Indian journal of veterinary science and animal husbandry - Volume 14,
Year: 1944
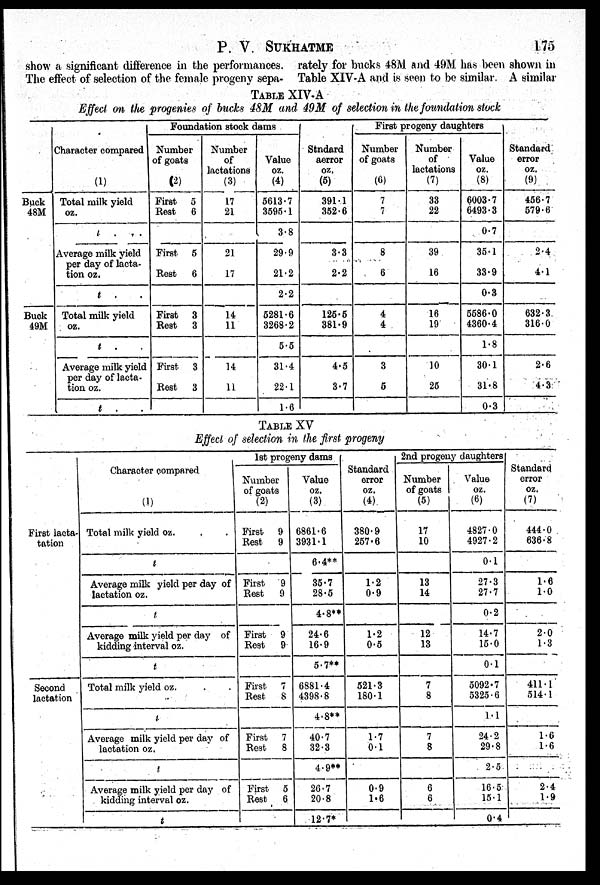
P. V. SUKHATME
175
show a significant difference in the performances,
The effect of selection of the female progeny sepa-
rately for bucks 48M and 49M has been shown in
Table XIV-A and is seen to be similar. A similar
TABLE XIV-A
Effect on the progenies of bucks 48M and 49M of selection in the foundation stock
Buck
48M
Buck
49M
Character compared
(1)
Total milk yield
oz.
t . .
Average milk yield
per day of lacta-
tion oz.
t . .
Total milk yield
oz.
t . .
Average milk yield
per day of lacta-
tion oz.
t . .
Foundation stock dams
Number
of goats
(2)
First 5
Rest 6
First 5
Rest
6
First 3
Rest
3
First 3
Rest
3
Number
of
lactations
(3)
17
21
21
17
14
11
14
11
Value
oz.
(4)
5613.7
3595.1
3.8
29.9
21.2
2.2
5281.6
3268.2
5.5
31.4
22.1
1.6
Stndard
aerror
oz.
(5)
391.1
352.6
3.3
2.2
125.5
381.9
4.5
3.7
First progeny daughters
Number
of goats
(6)
7
7
8
6
4
4
3
5
Number
of
lactations
(7)
33
22
39
16
16
19
10
25
Value
oz.
(8)
6003.7
6493.3
0.7
35.1
33.9
0.3
5586.0
4360.4
1.8
30.1
31.8
0.3
Standard
error
oz.
(9)
456.7
579.6
2.4
4.1
632.3
316.0
2.6
4.3
TABLE XV
Effect of selection in the first progeny
First lacta-
tation
Second
lactation
Character compared
(1)
Total milk yield oz. . .
t
Average milk yield per day of
lactation oz.
t
Average milk yield per day of
kidding interval oz.
t
Total milk yield oz. . .
t
Average milk yield per day of
lactation oz.
t
Average milk yield per day of
kidding interval oz.
t
1st progeny dams
Number
of goats (2)
First 9
Rest
9
First
9
Rest
9
First 9
Rest
9
First. 7
Rest
8
First 7
Rest
8
First 5
Rest
6
Value
oz.
(3)
6861.6
3931.1
6.4**
35.7
28.5
4.8**
24.6
16.9
5.7**
6881.4
4398.8
4.8**
40.7
32.3
4.9**
26.7
20.8
12.7*
Standard
error
oz.
(4)
380.9
257.6
1.2
0.9
1.2
0.5
521.3
180.1
1.7
0.1
0.9
1.6
2nd progeny daughters
Number
of goats (5)
17
10
13
14
12
13
7
8
7
8
6
6
Value
oz.
(6)
4827.0
4927.2
0.1
27.3
27.7
0.2
14.7
15.0
0.1
5092.7
5325.6
1.1
24.2
29.8
2.5
16.5
15.1
0.4
Standard
error
oz.
(7)
444.0
636.8
1.6
1.0
2.0
1.3
411.1
514.1
1.6
1.6
2.4
1.9